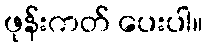
ဖုန်းကတ် ပေးပါ။